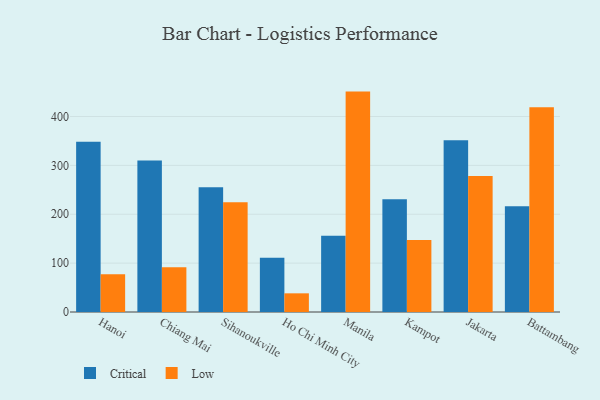
{"axis": {"x": "City", "y": "LTV (USD)"}, "legend": ["Critical", "Low"], "data": [{"x": "Hanoi", "y": 348.3, "type": "Critical"}, {"x": "Hanoi", "y": 77.0, "type": "Low"}, {"x": "Chiang Mai", "y": 310.0, "type": "Critical"}, {"x": "Chiang Mai", "y": 91.7, "type": "Low"}, {"x": "Sihanoukville", "y": 255.5, "type": "Critical"}, {"x": "Sihanoukville", "y": 224.6, "type": "Low"}, {"x": "Ho Chi Minh City", "y": 111.0, "type": "Critical"}, {"x": "Ho Chi Minh City", "y": 38.2, "type": "Low"}, {"x": "Manila", "y": 155.8, "type": "Critical"}, {"x": "Manila", "y": 451.0, "type": "Low"}, {"x": "Kampot", "y": 230.7, "type": "Critical"}, {"x": "Kampot", "y": 147.2, "type": "Low"}, {"x": "Jakarta", "y": 351.4, "type": "Critical"}, {"x": "Jakarta", "y": 278.4, "type": "Low"}, {"x": "Battambang", "y": 216.2, "type": "Critical"}, {"x": "Battambang", "y": 419.0, "type": "Low"}]}